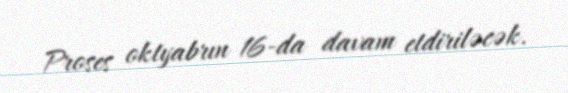
Proses oktyabrın 16-da davam etdiriləcək.